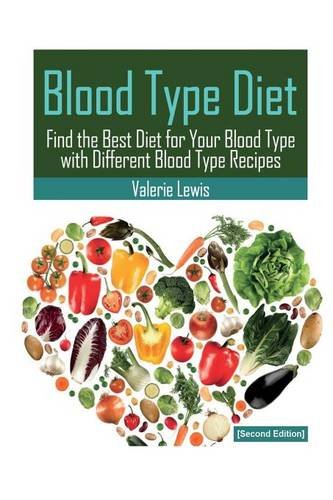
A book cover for Blood Type Diet [Second Edition]: Featuring Blood Type Recipes; Valerie Lewis; Health, Fitness & Dieting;